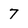
Character: 7